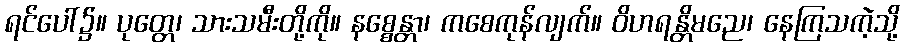
ရင်ပေါ်၌။ ပုတ္တေ၊ သားသမီးတို့ကို။ နစ္စေန္တာ၊ ကစေကုန်လျက်။ ဝိဟရန္တိမညေ၊ နေကြသကဲ့သို့